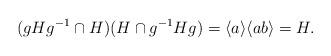
LaTeX: \begin{align*}(gHg^{-1}\cap H)(H\cap g^{-1}Hg)=\langle a\rangle\langle ab\rangle=H.\end{align*}